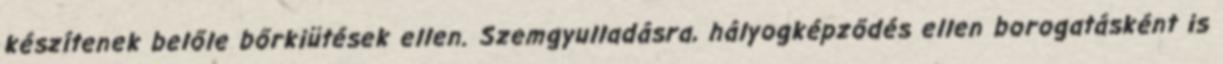
készítenek belőle bőrkiütések ellen. Szemgyulladásra, hályogképződés ellen borogatásként is